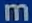
m